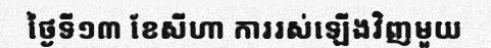
ថ្ងៃទី១៣ ខែសីហា ការរស់ឡើងវិញមួយ